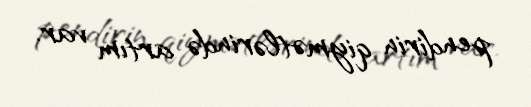
pendirin qiymətlərində artım var.